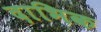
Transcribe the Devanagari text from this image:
दाभिक